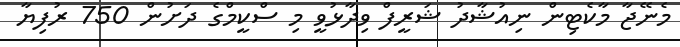
މެނޭޖާ މާކެޓިން ނިއުޝާދު ޝަރީފް ވިދާޅުވީ މި ސްކީމްގެ ދަށުން 750 ރުފިޔާ